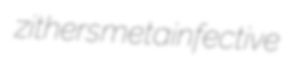
zithers metainfective